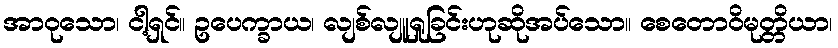
အာဝုသော၊ ငါ့ရှင်။ ဥပေက္ခာယ၊ လျစ်လျူရှုခြင်းဟုဆိုအပ်သော။ စေတောဝိမုတ္တိယာ၊